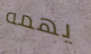
يهمه